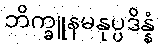
ဘိက္ခူနမနုပ္ပဒိန္နံ